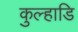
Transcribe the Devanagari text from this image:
कुल्हाडि